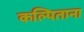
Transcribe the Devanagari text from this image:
कल्पिताना